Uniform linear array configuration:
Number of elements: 4
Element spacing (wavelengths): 0.75
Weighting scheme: exponential
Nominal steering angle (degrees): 30
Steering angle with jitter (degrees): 30.559
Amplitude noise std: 0.05
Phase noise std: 0.05

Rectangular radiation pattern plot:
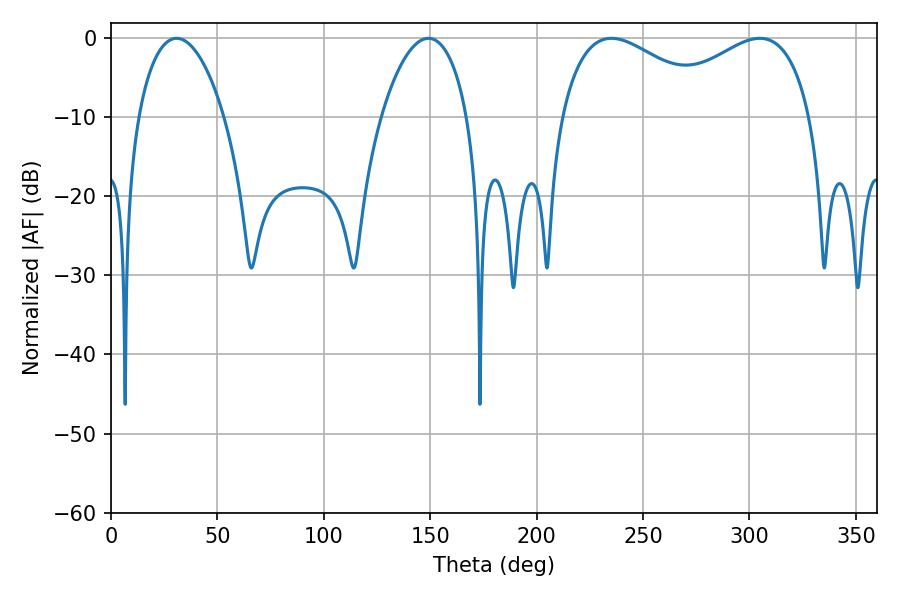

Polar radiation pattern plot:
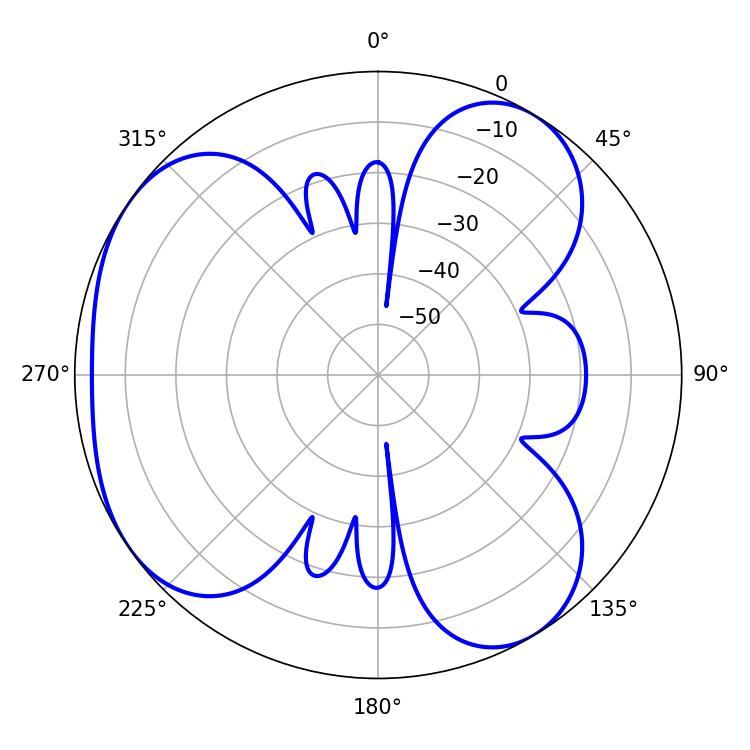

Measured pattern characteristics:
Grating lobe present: TRUE
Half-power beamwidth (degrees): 22.86
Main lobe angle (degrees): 30.78